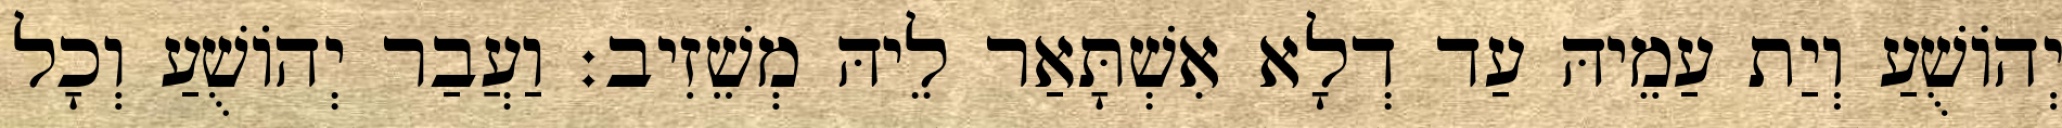
יְהוֹשֻׁעַ וְיַת עַמֵיהּ עַד דְלָא אִשְׁתָּאַר לֵיהּ מְשֵׁזִיב׃ וַעֲבַר יְהוֹשֻׁעַ וְכָל